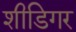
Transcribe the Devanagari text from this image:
शीडिगर